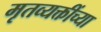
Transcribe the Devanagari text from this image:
मृतव्यक्तींच्या